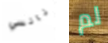
نانسي لم